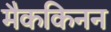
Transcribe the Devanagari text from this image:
मैककिनन